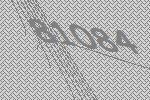
81084